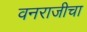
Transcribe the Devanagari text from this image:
वनराजीचा